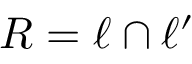
R = \ell \cap \ell ^ { \prime }